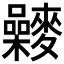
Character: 𪍻